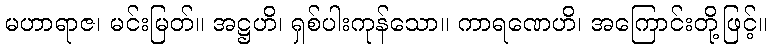
မဟာရာဇ၊ မင်းမြတ်။ အဋ္ဌဟိ၊ ရှစ်ပါးကုန်သော။ ကာရဏေဟိ၊ အကြောင်းတို့ဖြင့်။